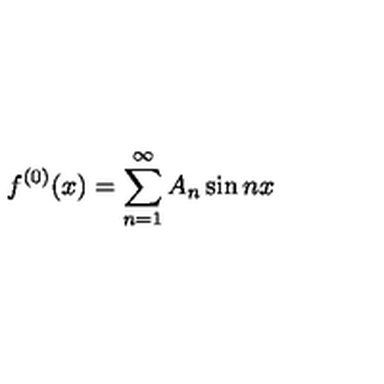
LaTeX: f ^ { ( 0 ) } ( x ) = \sum _ { n = 1 } ^ { \infty } A _ { n } \sin n x